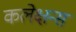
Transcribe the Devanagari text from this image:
कलेक्षन्स